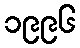
၁၉၉၆